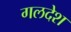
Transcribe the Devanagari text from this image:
गलदेश